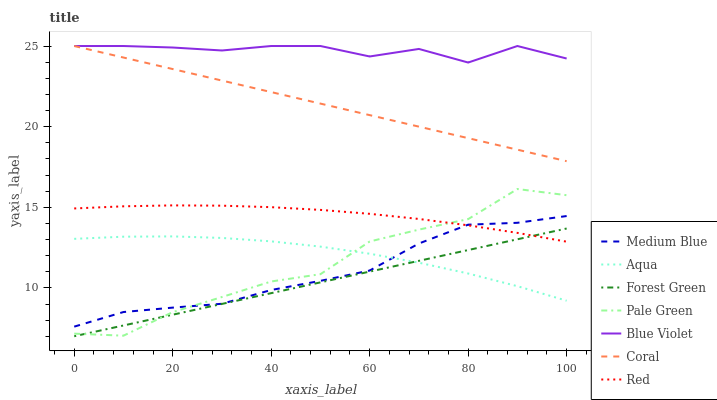
| xaxis_label | Medium Blue | Aqua | Forest Green | Pale Green | Blue Violet | Coral | Red |
 | --- | --- | --- | --- | --- | --- | --- | --- |
 | 0 | 7.6 | 13 | 7 | 7.16 | 25 | 25 | 14.9 |
 | 10 | 8.5 | 13.2 | 7.67 | 7.03 | 25 | 24.3 | 15.1 |
 | 20 | 8.78 | 13.2 | 8.34 | 8.5 | 24.9 | 23.6 | 15.1 |
 | 30 | 9.01 | 13.1 | 9 | 9.43 | 24.7 | 22.9 | 15.1 |
 | 40 | 9.87 | 12.9 | 9.67 | 10.4 | 25 | 22.1 | 15 |
 | 50 | 10.4 | 12.6 | 10.3 | 10.8 | 25 | 21.4 | 14.8 |
 | 60 | 11.1 | 12.1 | 11 | 12.9 | 24.4 | 20.7 | 14.6 |
 | 70 | 12.8 | 11.6 | 11.7 | 13.6 | 24.8 | 20 | 14.3 |
 | 80 | 13.9 | 10.9 | 12.3 | 14.3 | 24 | 19.3 | 13.9 |
 | 90 | 14 | 10.1 | 13 | 16.1 | 25 | 18.6 | 13.4 |
 | 100 | 14.5 | 9.2 | 13.7 | 15.7 | 24.2 | 17.9 | 12.9 |